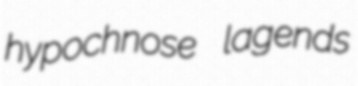
hypochnose lagends